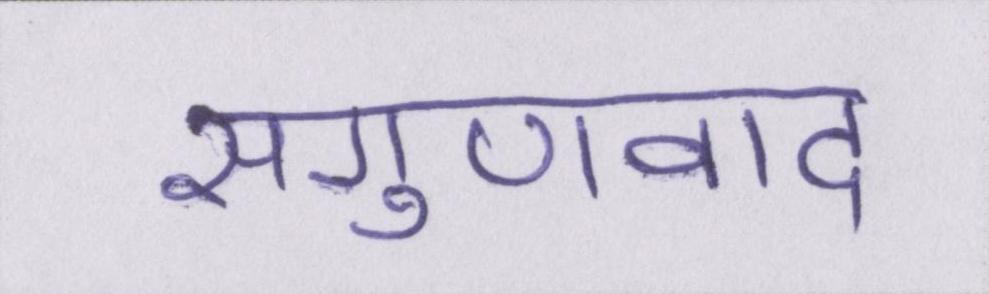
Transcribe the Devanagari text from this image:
सगुणवाद